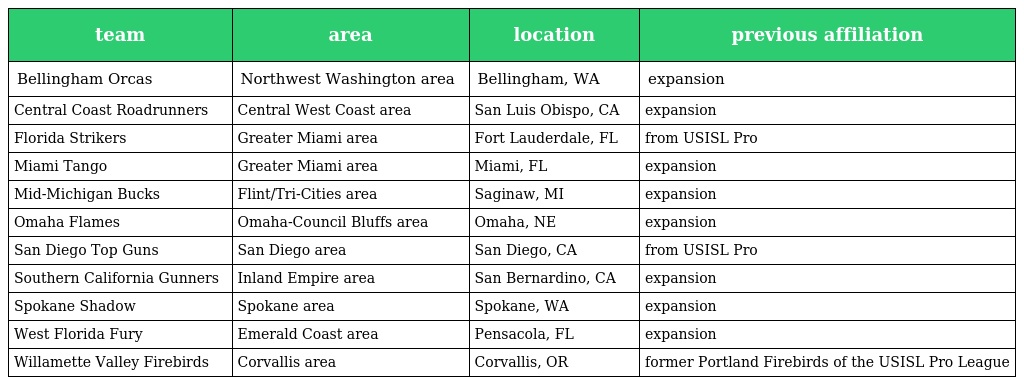
| team | area | location | previous affiliation |
 | --- | --- | --- | --- |
 | Bellingham Orcas | Northwest Washington area | Bellingham, WA | expansion |
 | Central Coast Roadrunners | Central West Coast area | San Luis Obispo, CA | expansion |
 | Florida Strikers | Greater Miami area | Fort Lauderdale, FL | from USISL Pro |
 | Miami Tango | Greater Miami area | Miami, FL | expansion |
 | Mid-Michigan Bucks | Flint/Tri-Cities area | Saginaw, MI | expansion |
 | Omaha Flames | Omaha-Council Bluffs area | Omaha, NE | expansion |
 | San Diego Top Guns | San Diego area | San Diego, CA | from USISL Pro |
 | Southern California Gunners | Inland Empire area | San Bernardino, CA | expansion |
 | Spokane Shadow | Spokane area | Spokane, WA | expansion |
 | West Florida Fury | Emerald Coast area | Pensacola, FL | expansion |
 | Willamette Valley Firebirds | Corvallis area | Corvallis, OR | former Portland Firebirds of the USISL Pro League |